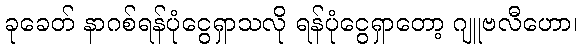
ခုခေတ် နာဂစ်ရန်ပုံငွေရှာသလို ရန်ပုံငွေရှာတော့ ဂျူဗလီဟော၊